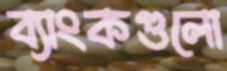
ব্যাংকগুলো